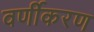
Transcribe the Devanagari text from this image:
वर्णीकरण